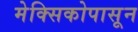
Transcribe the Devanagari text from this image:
मेक्सिकोपासून